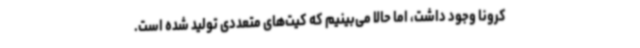
کرونا وجود داشت، اما حالا می‌بینیم که کیت‌های متعددی تولید شده است.